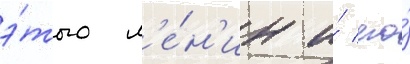
э́того л'е́н'ин и́ его́